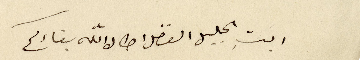
ابَتِ الجليل الفاضل اطال الله بقاءكم